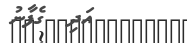
އަދި  ގެފާނު